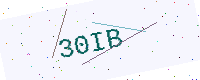
Text: 30IB